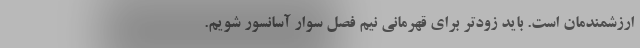
ارزشمندمان است. باید زودتر برای قهرمانی نیم فصل سوار آسانسور شویم.